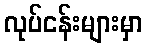
လုပ်ငန်းများမှာ